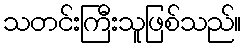
သတင်းကြီးသူဖြစ်သည်။